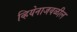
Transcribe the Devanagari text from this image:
व्हियेनाजवळील